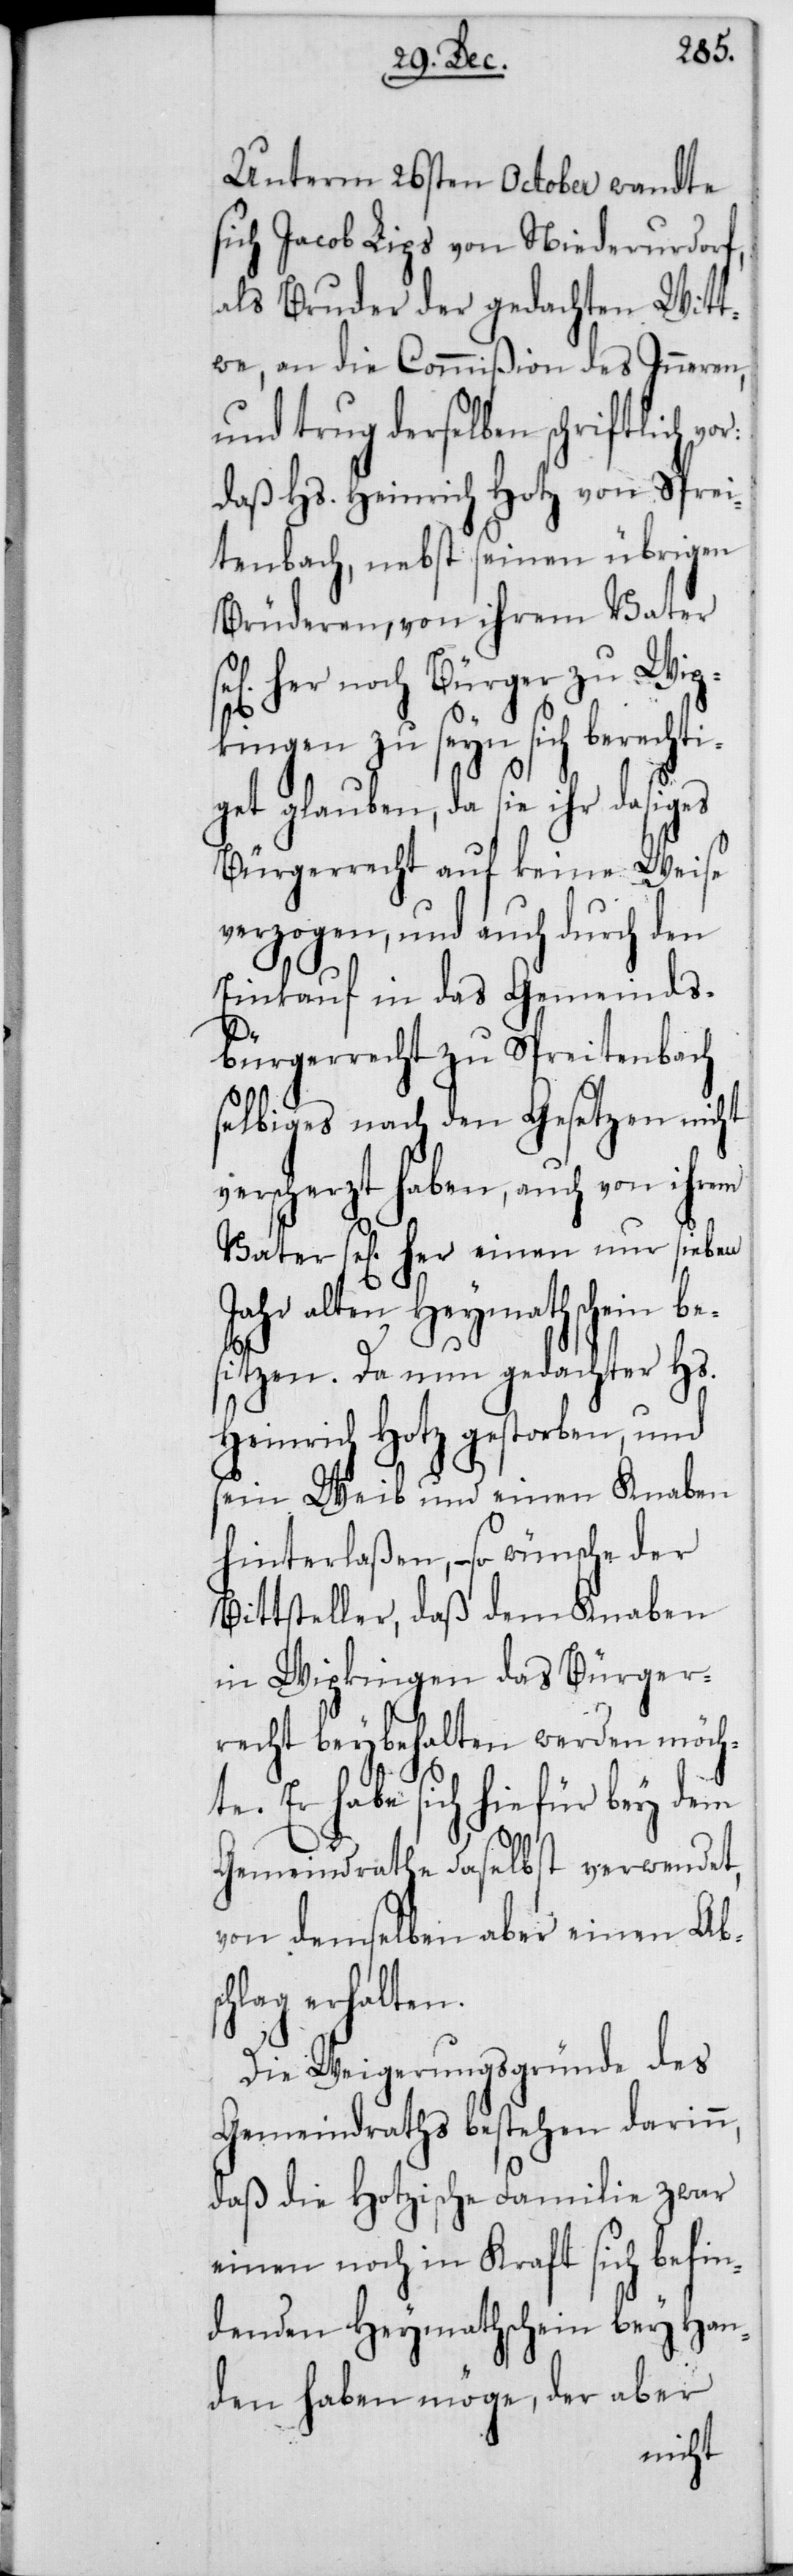
Unterm 26sten October wandte
sich Jacob Lips von Niederurdorf,
als Bruder der gedachten Witt¬
we, an die Commißion des Inneren,
und trug derselben schriftlich
daß Hs. Heinrich Hotz von Sprei¬
tenbach, nebst seinen übrigen
Brüderen, von ihrem Vater
her noch Bürger zu Wip¬
kingen zu seyn sich berechti¬
get glauben, da sie ihr dasiges
Bürgerrecht auf keine Weise
verzogen, und auch durch den
Einkauf in das Gemeinds¬
bürgerrecht zu Spreitenbach
selbiges nach den Gesetzen nicht
verscherzt haben, auch von ihrem
Vater sel[ig] her einen nur sieben
Jahr alten Heymathschein be¬
sitzen. Da nun gedachter Hs.
Heinrich Hotz gestorben, und
sein Weib und einen Knaben
hinterlaßen, – so wünsche der
Bittsteller, daß dem Knaben
in Wipkingen das Bürger¬
recht beybehalten werden möch¬
te. Er habe sich hiefür bey dem
Gemeindrathe daselbst verwendet,
von demselben aber einen Abs¬
chlag erhalten.
Die Weigerungsgründe des
Gemeindraths bestehen darinn,
daß die Hotzische Familie zwar
einen noch in Kraft sich befin¬
denden Heymathschein bey Han¬
den haben möge, der aber